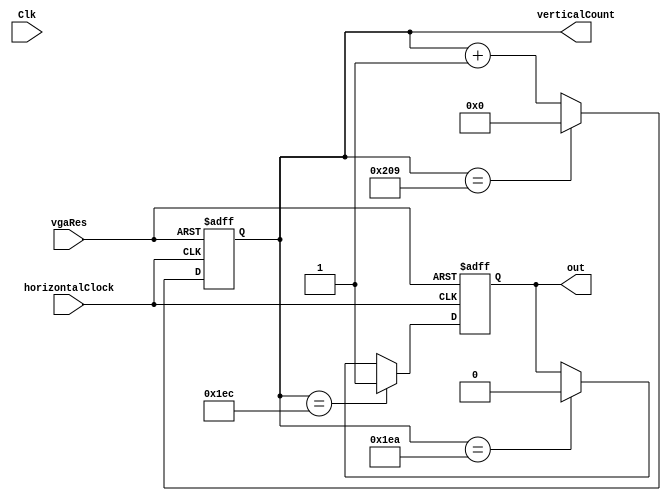
module verticalCounter(
    input       Clk,
    input       vgaRes,
    input       horizontalClock,
    output[9:0] verticalCount,
    output      out
);

    reg       out;
    reg[9:0]  verticalCount;


    always @(negedge horizontalClock or negedge vgaRes) begin
        if (!vgaRes)    begin
            out <= 1;
            verticalCount <= 0;
        end
        else begin
            verticalCount <= verticalCount + 1; 
            if ( verticalCount == 490 ) begin
                out <= 0;
            end
                if ( verticalCount == 492 ) begin
                out <= 1;
            end
            if ( verticalCount == 521 ) begin
                verticalCount <= 0;
            end
        end
    end

endmodule